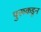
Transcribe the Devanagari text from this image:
पुरूकडून